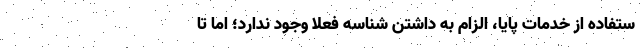
ستفاده از خدمات پایا، الزام به داشتن شناسه فعلاً وجود ندارد؛ اما تا